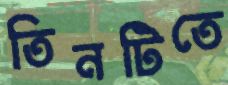
তিনটিতে